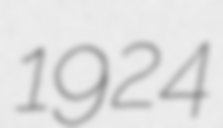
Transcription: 1924